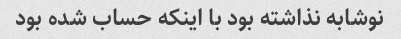
نوشابه نذاشته بود با اینکه حساب شده بود